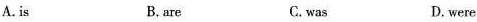
A.is B. are C.was D. were